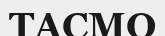
ТАСМО